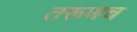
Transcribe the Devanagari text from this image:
तरूणच